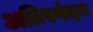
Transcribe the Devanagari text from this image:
अतिस्पंदन